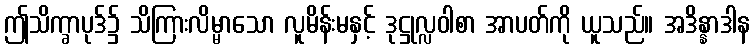
ဤသိက္ခာပုဒ်၌ သိကြားလိမ္မာသော လူမိန်းမနှင့် ဒုဋ္ဌုလ္လဝါစာ အာပတ်ကို ယူသည်။ အဒိန္နာဒါန